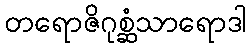
တရောဇိဂုစ္ဆံသာရောဒါ